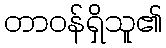
တာဝန်ရှိသူ၏